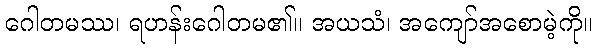
ဂေါတမဿ၊ ရဟန်းဂေါတမ၏။ အယသံ၊ အကျော်အစောမဲ့ကို။